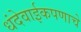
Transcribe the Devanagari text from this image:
धंदेवाईकपणाचे